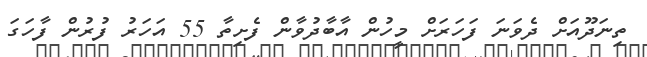
ތިނަދޫއަށް ދެވަނަ ފަހަރަށް މީހުން އާބާދުވާން ފެށިތާ 55 އަހަރު ފުރުން ފާހަގަ